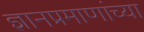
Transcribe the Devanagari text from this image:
ज्ञानप्रमाणांच्या